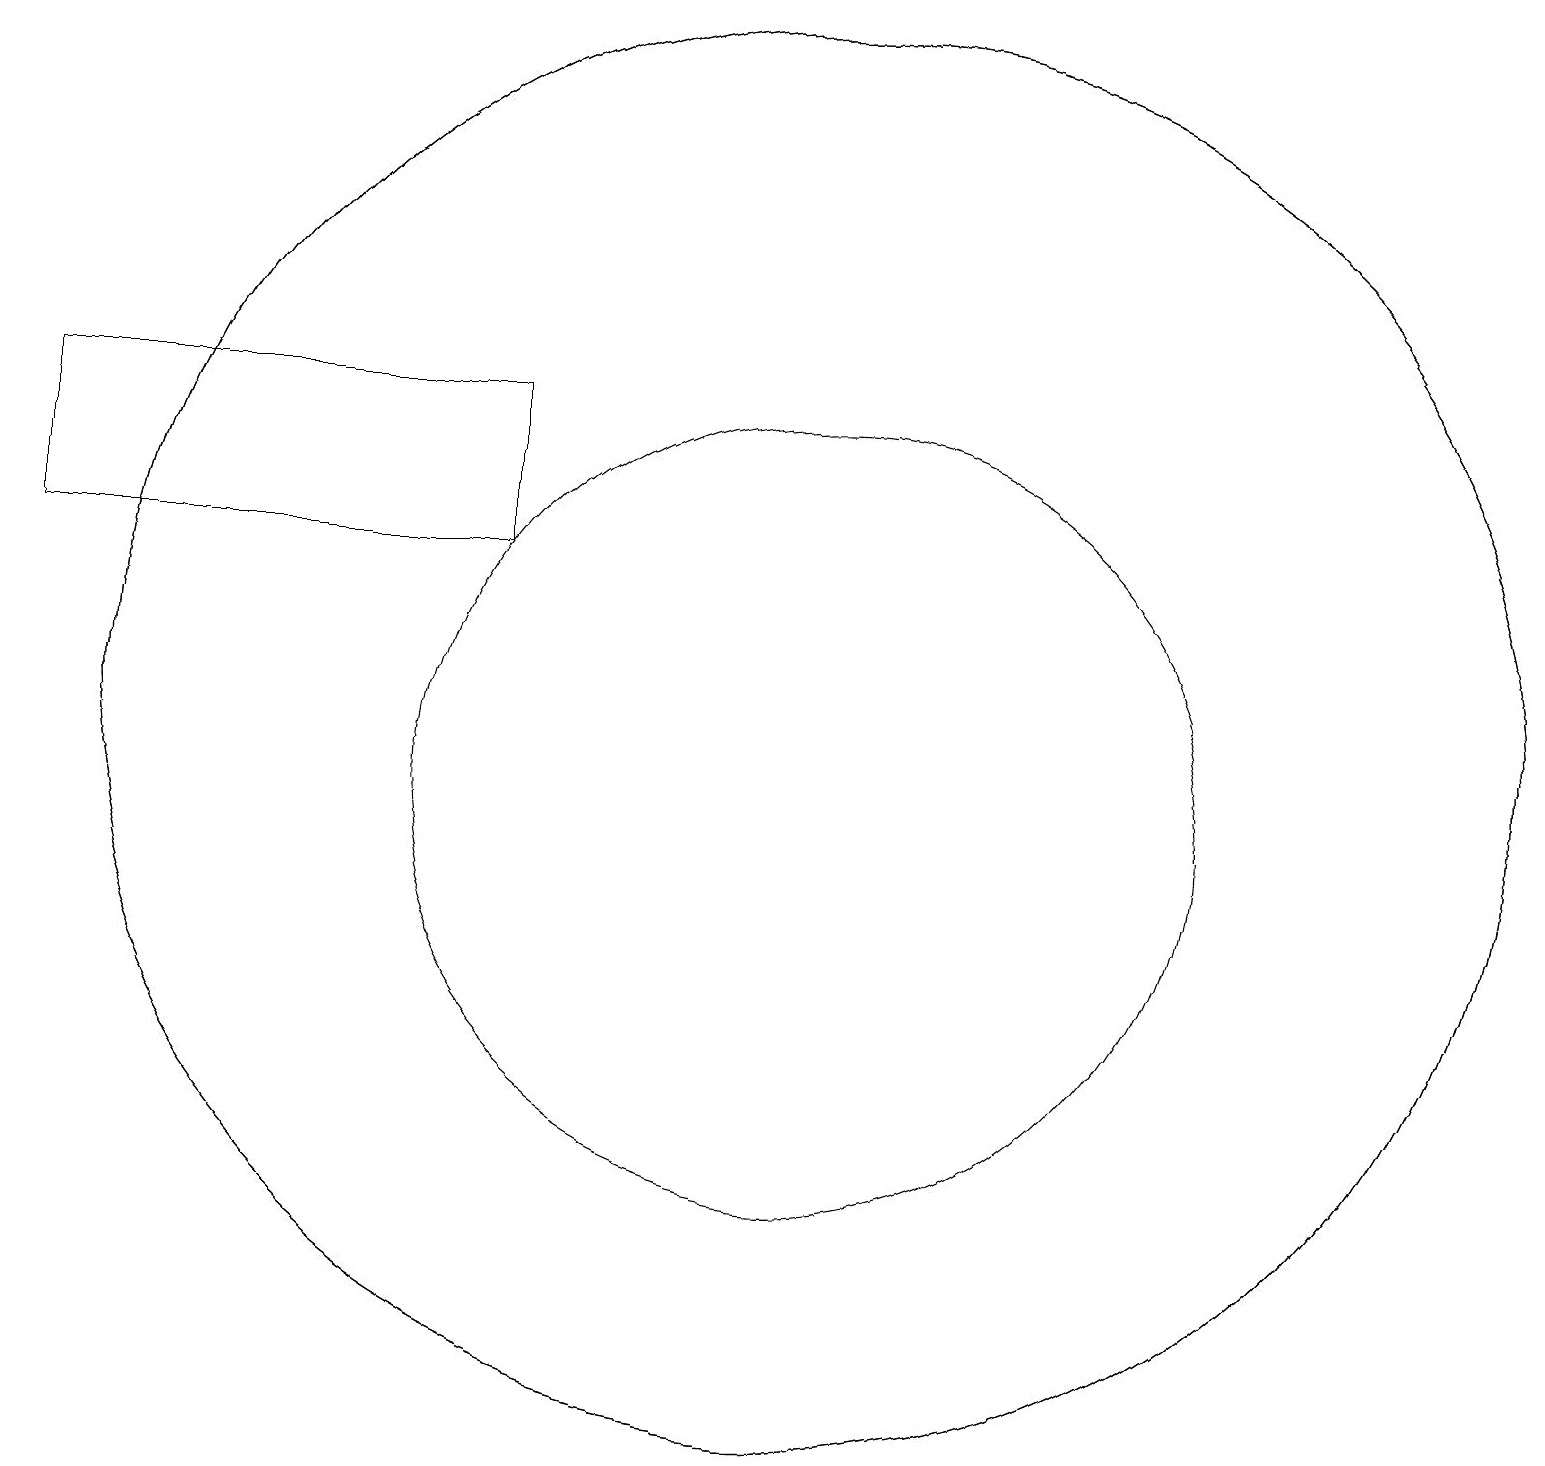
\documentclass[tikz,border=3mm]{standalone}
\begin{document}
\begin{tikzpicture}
\draw (10,10) circle (5);
\draw (10,11) circle (9);
\draw (10,11) circle (9);
\draw (0,15) rectangle (6,13);
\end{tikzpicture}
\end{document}